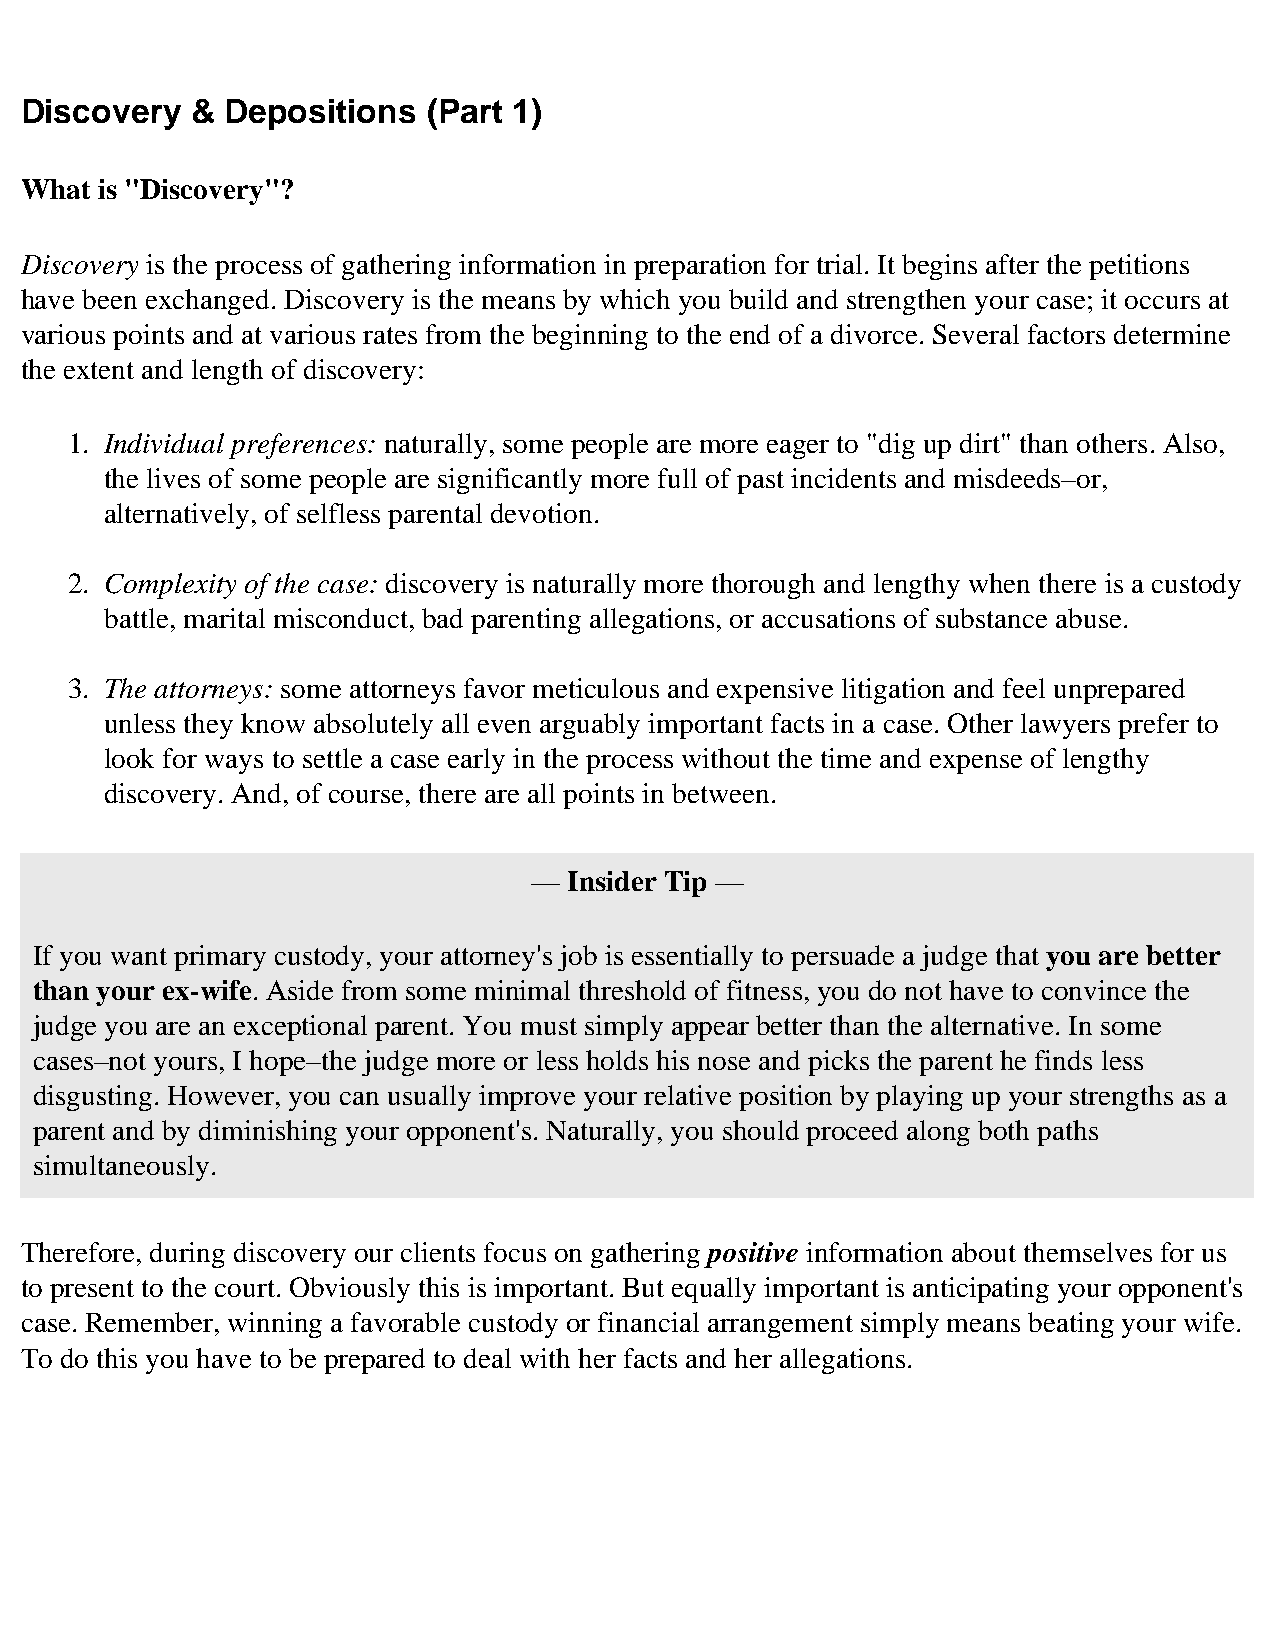
Discovery   & Depositions  (Part 1)
 What is "Discovery"?
 Discovery is the process of gathering information in preparation for trial. It begins after the petitions
 have been exchanged. Discovery is the means by which you build and strengthen your case; it occurs at
 various points and at various rates from the beginning to the end of a divorce. Several factors determine
 the extent and length of discovery:
 1. Individual preferences: naturally, some people are more eager to "dig up dirt" than others. Also,
 the lives of some people are significantly more full of past incidents and misdeeds–or,
 alternatively, of selfless parental devotion.
 2. Complexity of the case: discovery is naturally more thorough and lengthy when there is a custody
 battle, marital misconduct, bad parenting allegations, or accusations of substance abuse.
 3. The attorneys: some attorneys favor meticulous and expensive litigation and feel unprepared
 unless they know absolutely all even arguably important facts in a case. Other lawyers prefer to
 look for ways to settle a case early in the process without the time and expense of lengthy
 discovery. And, of course, there are all points in between.
 —  Insider Tip —
 If you want primary custody, your attorney's job is essentially to persuade a judge that you are better
 than your ex-wife. Aside from some minimal threshold of fitness, you do not have to convince the
 judge you are an exceptional parent. You must simply appear better than the alternative. In some
 cases–not yours, I hope–the judge more or less holds his nose and picks the parent he finds less
 disgusting. However, you can usually improve your relative position by playing up your strengths as a
 parent and by diminishing your opponent's. Naturally, you should proceed along both paths
 simultaneously.
 Therefore, during discovery our clients focus on gathering positive information about themselves for us
 to present to the court. Obviously this is important. But equally important is anticipating your opponent's
 case. Remember, winning a favorable custody or financial arrangement simply means beating your wife.
 To do this you have to be prepared to deal with her facts and her allegations.